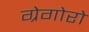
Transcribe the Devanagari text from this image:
ग्रेगोरो